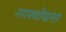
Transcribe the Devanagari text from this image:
नगरयोजना